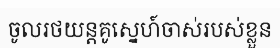
ចូលរថយន្តគូស្នេហ៍ចាស់របស់ខ្លួន